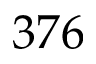
3 7 6